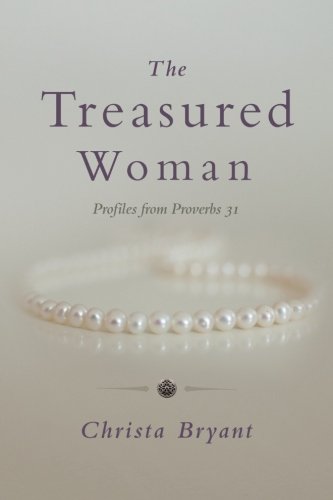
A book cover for The Treasured Woman: Profiles from Proverbs 31; Christa Sanders Bryant; Christian Books & Bibles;